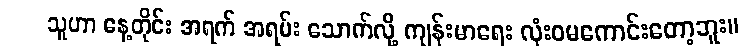
သူဟာ နေ့တိုင်း အရက် အရမ်း သောက်လို့ ကျန်းမာရေး လုံးဝမကောင်းတော့ဘူး။